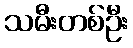
သမီးတစ်ဦး